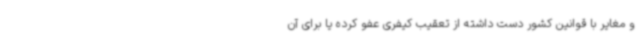
و مغایر با قوانین کشور دست داشته از تعقیب کیفری عفو کرده یا برای آن